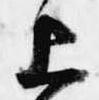
上